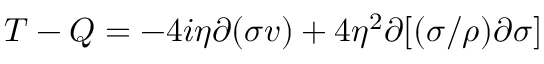
T - Q = - 4 i \eta \partial ( \sigma v ) + 4 \eta ^ { 2 } \partial [ ( \sigma / \rho ) \partial \sigma ]